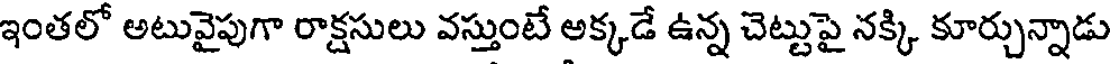
ఇంతలో అటువైపుగా రాక్షసులు వస్తుంటే అక్కడే ఉన్న చెట్టుపై నక్కి కూర్చున్నాడు